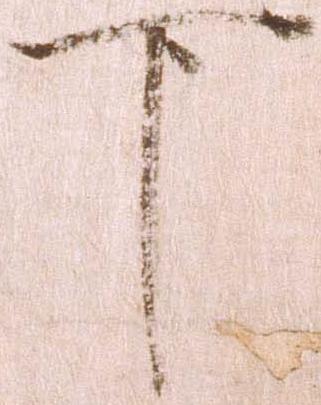
下